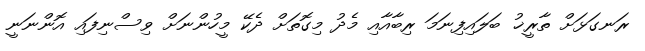
ރަނގަޅަށް ތާރީޚު ބަލައިފިނަމަ ރިބާއާއި މެދު މިގޮތަށް ދެކޭ މީހުންނަށް ވިސްނިފައި އޮންނަނީ